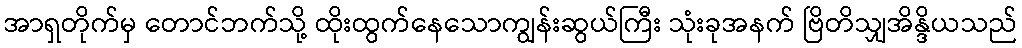
အာရှတိုက်မှ တောင်ဘက်သို့ ထိုးထွက်နေသောကျွန်းဆွယ်ကြီး သုံးခုအနက် ဗြိတိသျှအိန္ဒိယသည်